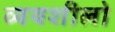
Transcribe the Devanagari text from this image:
व्ययशीलो